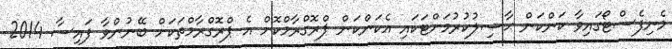
މެނިފެސްޓޯގައިވާ ކަންކަން ޙާޞިލުކުރުމަށްޓަކައި އެކަންކަން ޕްރޮގްރާމްކޮށް އެ ޕްރޮގްރާމްތަކަށް ބޭނުންވާ ފައިސާ 2014